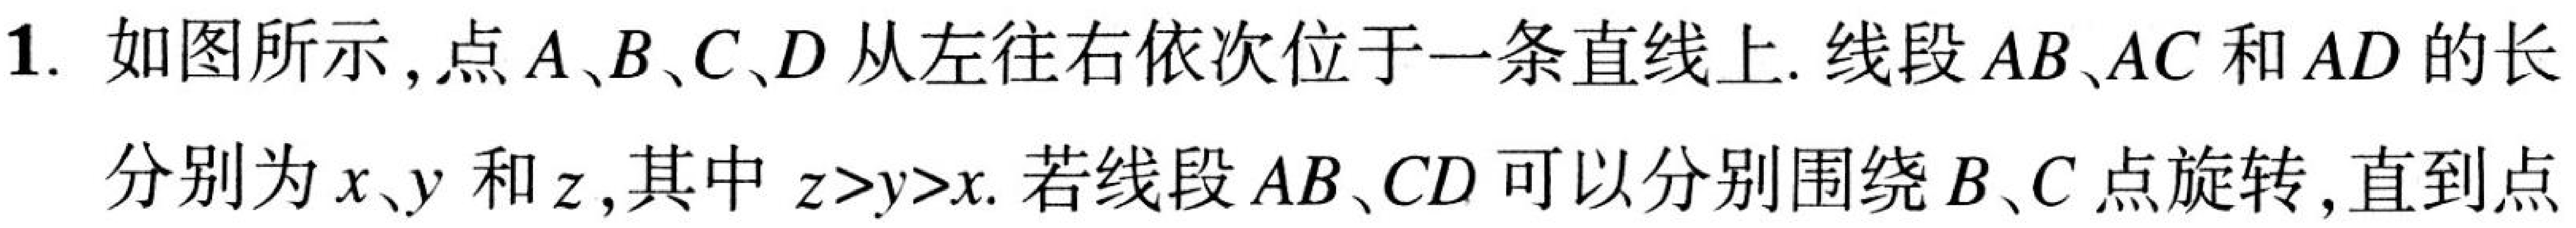
1. 如图所示，点\(A\)、\(B\)、\(C\)、\(D\)从左往右依次位于一条直线上. 线段\(AB\)、\(AC\)和\(AD\)的长
分别为\(x\)、\(y\)和\(z\)，其中 \(z > y > x\). 若线段\(AB\)、\(CD\)可以分别围绕\(B\)、\(C\)点旋转，直到点